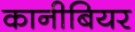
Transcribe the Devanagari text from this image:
कानीबियर